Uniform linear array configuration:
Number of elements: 4
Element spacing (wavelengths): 1
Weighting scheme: exponential
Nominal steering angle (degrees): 30
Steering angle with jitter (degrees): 28.285
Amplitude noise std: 0.05
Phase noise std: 0.05

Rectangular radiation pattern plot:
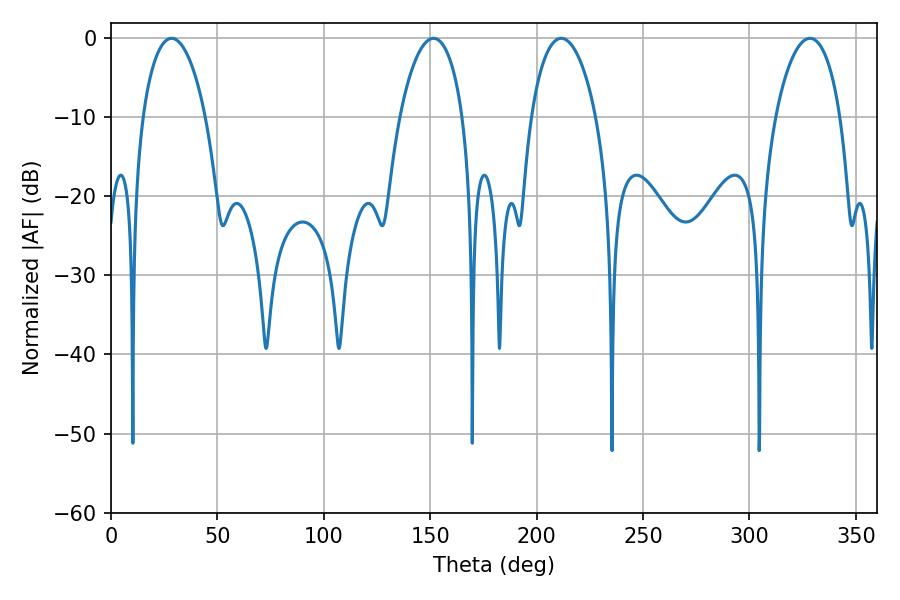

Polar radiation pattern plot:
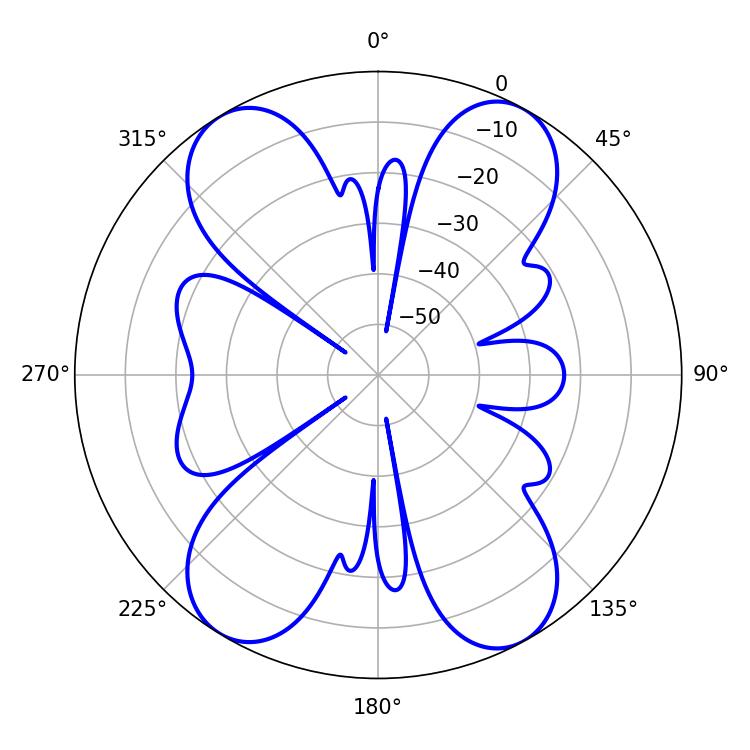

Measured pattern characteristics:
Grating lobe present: TRUE
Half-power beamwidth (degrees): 16.74
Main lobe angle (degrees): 28.44